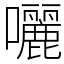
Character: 囇